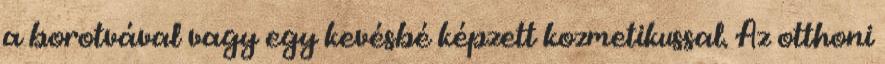
a borotvával vagy egy kevésbé képzett kozmetikussal. Az otthoni